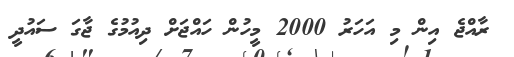
ރާއްޖެ އިން މި އަހަރު 2000 މީހުން ހައްޖަށް ދިއުމުގެ ޖާގަ ސައުދީ